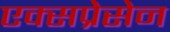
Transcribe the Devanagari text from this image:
एक्सप्रेसेन